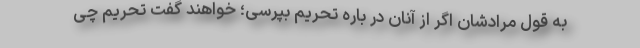
به قول مرادشان اگر از آنان در باره تحریم بپرسی؛ خواهند گفت تحریم چی